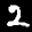
Label: 2